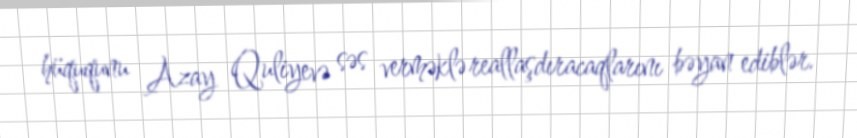
hüququnu Azay Quliyevə səs verməklə reallaşdıracaqlarını bəyan ediblər.